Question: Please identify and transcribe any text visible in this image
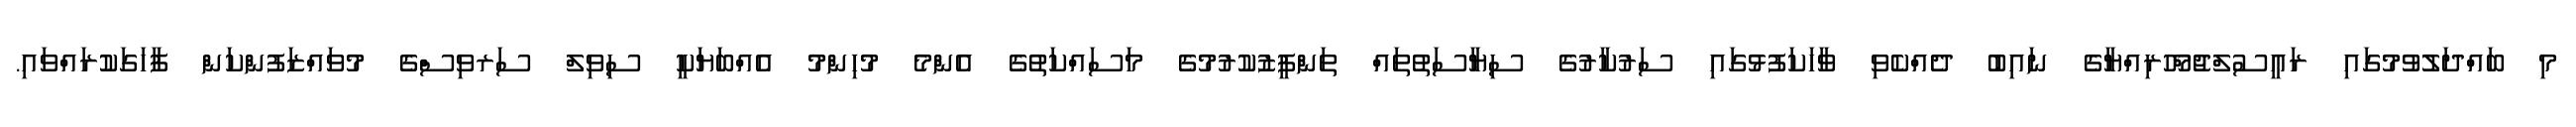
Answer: މި ބައްދަލުވުމުގައި ރައީސުލްޖުމްހޫރިއްޔާގެ ނައިބު ދެއްކެވި ވާހަކަފުޅުގައި ސަރުކާރުގެ ސިޔާސަތުތައް ތަންފީޒުކުރުމުގެ މަސައްކަތުގެ އެންމެ މުހިންމު އެއްބަޔަކީ ސިވިލް ސަރވިސްގެ މުވައްޒަފުންކަން ފާހަގަކުރައްވައި.